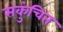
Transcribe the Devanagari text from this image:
सकुंचित